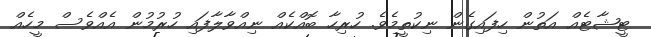
ޓީޝާޓެއް އަތުން ހިފައިގެން ނިކުތީމެވެ. ހުރިހާ ބޮއްކެއް ނިއްވާލާފައި ހުރުމުން އެއްވެސް މީހެއް